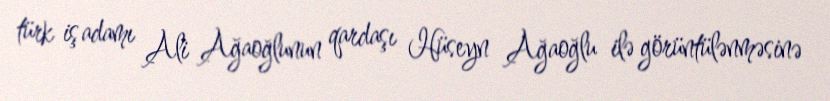
türk iş adamı Ali Ağaoğlunun qardaşı Hüseyn Ağaoğlu ilə görüntülənməsinə